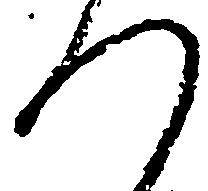
つ